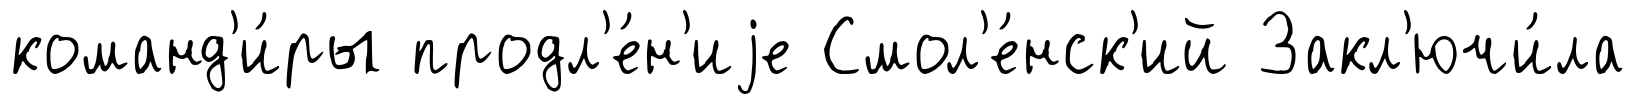
команд'и́ры продл'е́н'иjе Смол'е́нск'ий Закл'ючи́ла